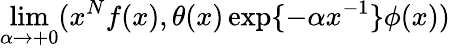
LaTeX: \operatorname*{lim}_{\alpha\rightarrow+0}(x^{N}f(x),\theta(x)\exp\{ -\alpha x^{-1}\} \phi(x))